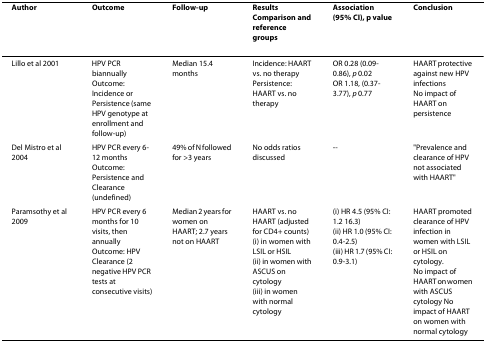
<table><thead><tr><td><b>Author</b></td><td><b>Outcome</b></td><td><b>Follow-up</b></td><td><b>Results Comparison and reference groups</b></td><td><b>Association (95% CI), p value</b></td><td><b>Conclusion</b></td></tr></thead><tbody><tr><td>Lillo et al 2001</td><td>HPV PCR biannually Outcome: Incidence or Persistence (same HPV genotype at enrollment and follow-up)</td><td>Median 15.4 months</td><td>Incidence: HAART vs. no therapyPersistence: HAART vs. no therapy</td><td>OR 0.28 (0.09-0.86), <i>p </i>0.02OR 1.18, (0.37-3.77), <i>p </i>0.77</td><td>HAART protective against new HPV infectionsNo impact of HAART on persistence</td></tr><tr><td>Del Mistro et al 2004</td><td>HPV PCR every 6-12 months Outcome: Persistence and Clearance (undefined)</td><td>49% of N followed for &gt;3 years</td><td>No odds ratios discussed</td><td>--</td><td>&quot;Prevalence and clearance of HPV not associated with HAART&quot;</td></tr><tr><td>Paramsothy et al 2009</td><td>HPV PCR every 6 months for 10 visits, then annually Outcome: HPV Clearance (2 negative HPV PCR tests at consecutive visits)</td><td>Median 2 years for women on HAART; 2.7 years not on HAART</td><td>HAART vs. no HAART (adjusted for CD4+ counts)(i) in women with LSIL or HSIL(ii) in women with ASCUS on cytology(iii) in women with normal cytology</td><td>(i) HR 4.5 (95% CI: 1.2 16.3)(ii) HR 1.0 (95% CI: 0.4-2.5)(iii) HR 1.7 (95% CI: 0.9-3.1)</td><td>HAART promoted clearance of HPV infection in women with LSIL or HSIL on cytology.No impact of HAART on women with ASCUS cytology No impact of HAART on women with normal cytology</td></tr></tbody></table>